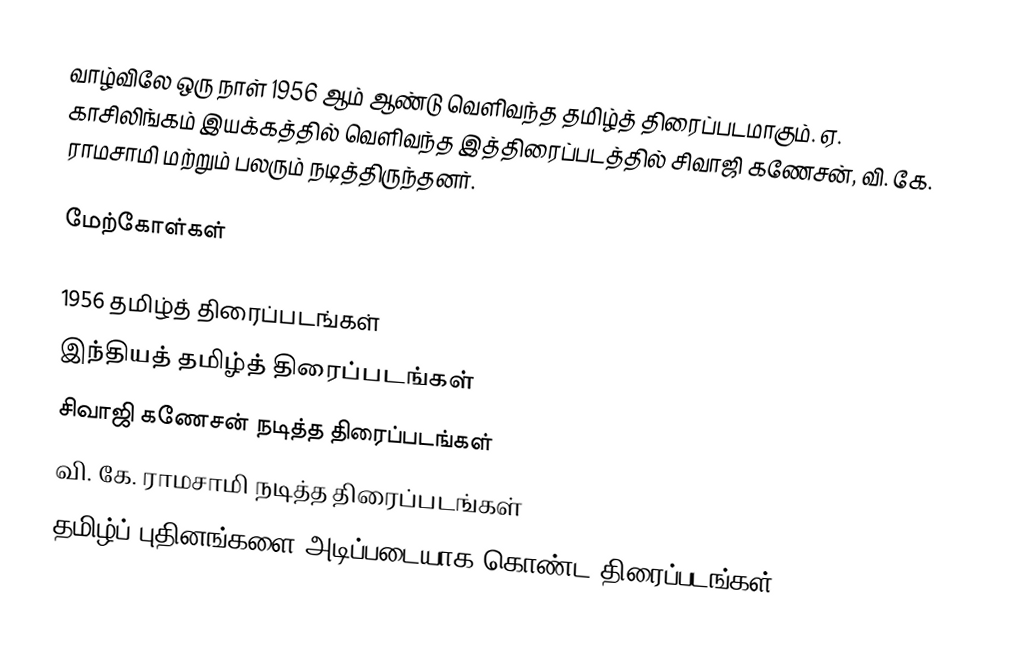
வாழ்விலே ஒரு நாள் 1956 ஆம் ஆண்டு வெளிவந்த தமிழ்த் திரைப்படமாகும். ஏ. காசிலிங்கம் இயக்கத்தில் வெளிவந்த இத்திரைப்படத்தில் சிவாஜி கணேசன், வி. கே. ராமசாமி மற்றும் பலரும் நடித்திருந்தனர்.

மேற்கோள்கள்

1956 தமிழ்த் திரைப்படங்கள்
இந்தியத் தமிழ்த் திரைப்படங்கள்
சிவாஜி கணேசன் நடித்த திரைப்படங்கள்
வி. கே. ராமசாமி நடித்த திரைப்படங்கள்
தமிழ்ப் புதினங்களை அடிப்படையாக கொண்ட திரைப்படங்கள்